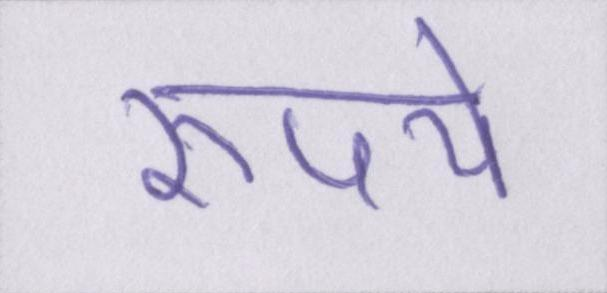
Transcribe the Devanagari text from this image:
रुपये